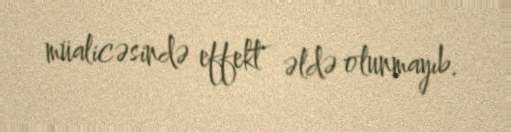
müalicəsində effekt əldə olunmayıb.